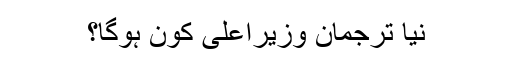
نیا ترجمان وزیراعلیٰ کون ہوگا؟